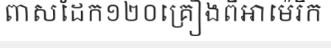
ពាសដែក១២០គ្រឿងពីអាម៉េរិក